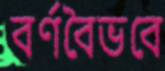
বর্ণবৈভবে